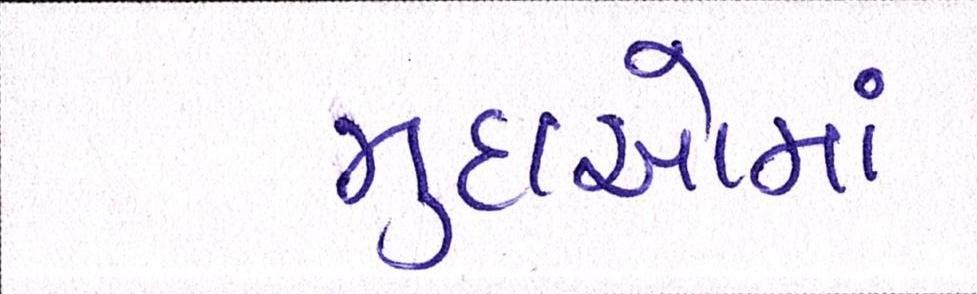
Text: મુદાઓમાં